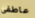
عاطفى